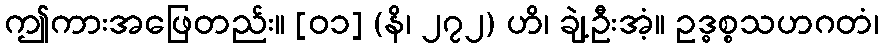
ဤကားအဖြေတည်း။ [၀၁] (နိ၊ ၂၇၂) ဟိ၊ ချဲ့ဦးအံ့။ ဥဒ္ဓစ္စသဟဂတံ၊